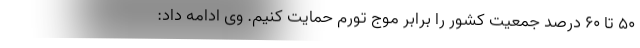
۵۰ تا ۶۰ درصد جمعیت کشور را برابر موج تورم حمایت کنیم. وی ادامه داد: